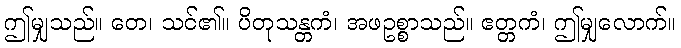
ဤမျှသည်။ တေ၊ သင်၏။ ပိတုသန္တကံ၊ အဖဥစ္စာသည်။ ဧတ္တကံ၊ ဤမျှလောက်။